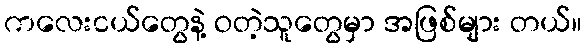
ကလေးငယ်တွေနဲ့ ဝတဲ့သူတွေမှာ အဖြစ်များ တယ်။